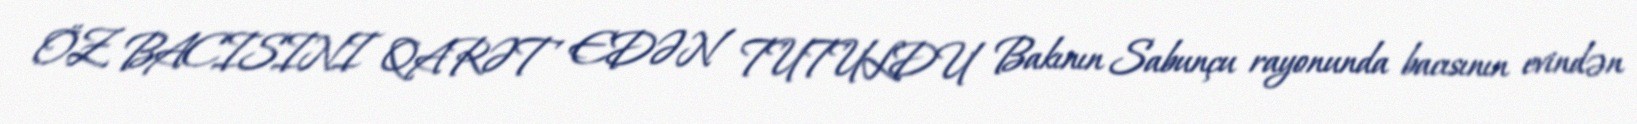
ÖZ BACISINI QARƏT EDƏN TUTULDU Bakının Sabunçu rayonunda bacısının evindən